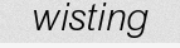
wisting